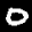
Label: 0